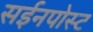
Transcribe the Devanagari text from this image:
सईनपोस्ट